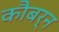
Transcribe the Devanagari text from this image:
कौबर्न